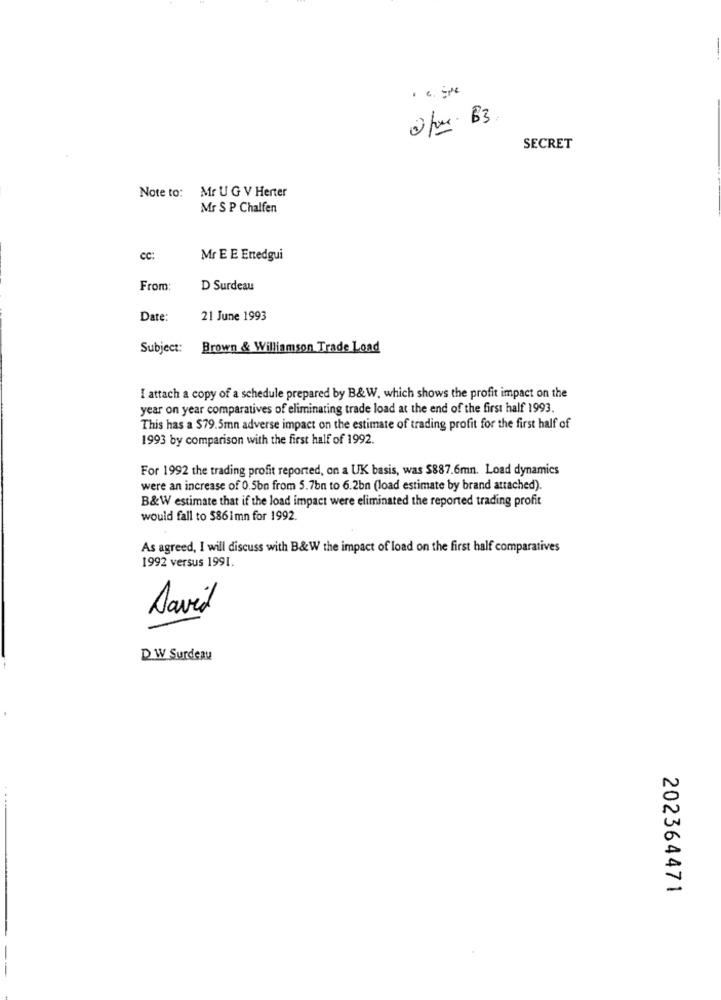
. c. gpe
2 fue B3
SECRET
Note to: Mr U G V Herter
Mr S P Chalfen
cc:
Mr E E Entedgui
From
D Surdeau
Date:
21 June 1993
Subject:
Brown & Williamson Trade Load
I attach a copy of a schedule prepared by B&W, which shows the profit impact on the
year on year comparatives of eliminating trade load at the end of the first half 1993.
This has a $79.5mn adverse impact on the estimate of trading profit for the first half of
1993 by comparison with the first half of 1992.
For 1992 the trading profit reported, on a UK basis, was $887.6mn. Load dynamics
were an increase of 0.5bn from 5.7bn to 6.2bn (load estimate by brand attached).
B&W estimate that if the load impact were eliminated the reported trading profit
would fall to $861mn for 1992.
As agreed, I will discuss with B&W the impact of load on the first half comparatives
1992 versus 1991.
David
DW Surdeau
202364471